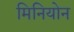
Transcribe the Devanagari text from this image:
मिनियोन